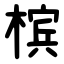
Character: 槟